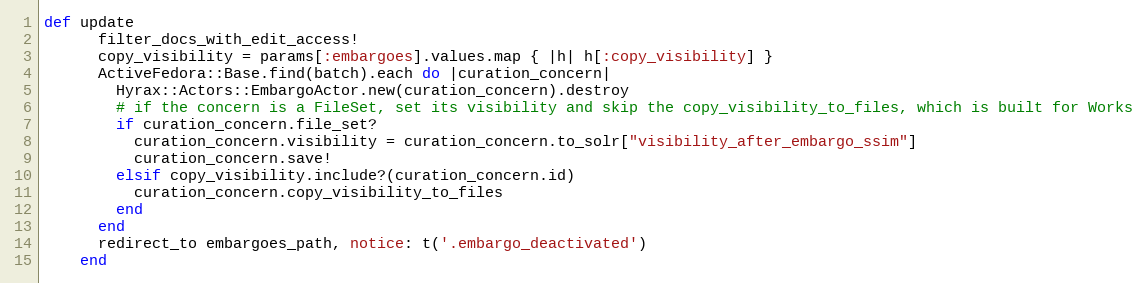
Language: Ruby
def update
      filter_docs_with_edit_access!
      copy_visibility = params[:embargoes].values.map { |h| h[:copy_visibility] }
      ActiveFedora::Base.find(batch).each do |curation_concern|
        Hyrax::Actors::EmbargoActor.new(curation_concern).destroy
        # if the concern is a FileSet, set its visibility and skip the copy_visibility_to_files, which is built for Works
        if curation_concern.file_set?
          curation_concern.visibility = curation_concern.to_solr["visibility_after_embargo_ssim"]
          curation_concern.save!
        elsif copy_visibility.include?(curation_concern.id)
          curation_concern.copy_visibility_to_files
        end
      end
      redirect_to embargoes_path, notice: t('.embargo_deactivated')
    end